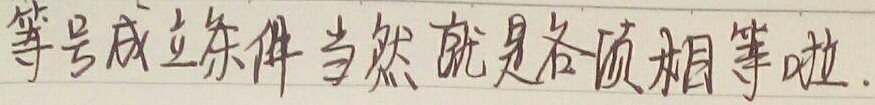
等号成立条件当然就是各项相等啦.